system: You are a helpful assistant.
user:
Analyze the provided spectrum to determine if it is a **M-type Giant (gM)**.

A M-type Giant spectrum is defined by its **strong molecular absorption** features, particularly from **Titanium Oxide (TiO)**. You must check for one of the following mutually exclusive signatures:

- **Key Visual Indicators (Absorption-Dominated Spectrum):**

    - **(Primary):** The spectrum is dominated by strong molecular absorption from **Titanium Oxide (TiO)**. This is the **defining feature** of its M-type temperature class.
        - **(Key Bandheads):** Look for sharp, "saw-tooth" absorption valleys. The strongest are located near **~7050 Å**, **~6160 Å**, and **~5170 Å**.
        - **(Line Profile):** The "saw-tooth" morphology is critical: a **sharp, steep drop on the BLUE (short-wavelength) side** of the bandhead, followed by a gradual recovery (rising flux) towards the RED (long-wavelength) side.

    - **(Key Confirmation - Giant vs. Dwarf):** **ABSENCE** of strong **Calcium Hydride (CaH)** molecular bands. This is the primary diagnostic for *excluding* M-dwarfs.
        - **(Key Region):** The spectrum should lack the strong, broad absorption band seen in dwarfs between **~6800 Å and ~7000 Å**.

    - **(Secondary Confirmation - Giant):** A very strong and broad **Neutral Calcium (Ca I)** atomic absorption line.
        - **(Key Line):** Located at **~4226 Å**. In a giant (gM), this line is significantly deeper and broader than the same line in an M-dwarf (dM) due to low surface gravity.

    - **(Overall Spectrum):**
        - The continuum is **extremely red-sloping** (i.e., flux is very low in the blue and rises dramatically towards the red).
        - The entire spectrum appears "chopped up" by the deep TiO bands.

Think first, call **spectral_visualization_tool** if needed to examine features in detail, then provide your final answer. Your response must adhere to the following strict rules:
1.  **Overall Structure:** Your response must follow the format `<think>...</think> <tool_call>...</tool_call> (if a tool is used) <answer>...</answer>`.
2.  **Tool Usage Constraint:** You may only make **one** tool call per turn.
3.  **Final Answer Format:** In the `<answer>` tag, your conclusion must be inside a `\boxed{}` command (e.g., `\boxed{YES}` or `\boxed{NO}`), followed by your justification.

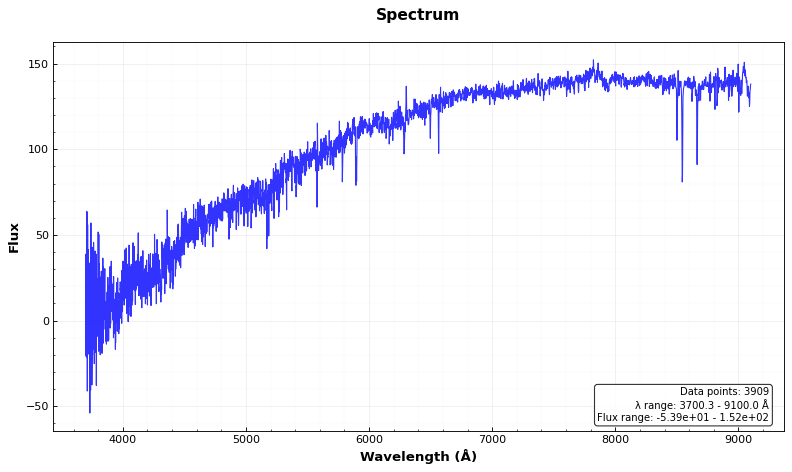
Answer: NO